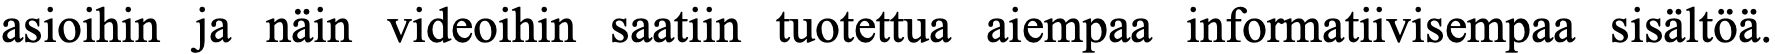
asioihin ja näin videoihin saatiin tuotettua aiempaa informatiivisempaa sisältöä.